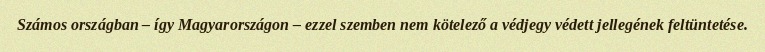
Számos országban – így Magyarországon – ezzel szemben nem kötelező a védjegy védett jellegének feltüntetése.